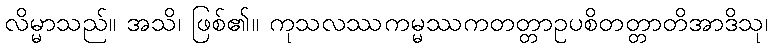
လိမ္မာသည်။ အသိ၊ ဖြစ်၏။ ကုသလဿကမ္မဿကတတ္တာဥပစိတတ္တာတိအာဒိသု၊